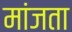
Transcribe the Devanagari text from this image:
मांजता